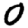
Digit: 0